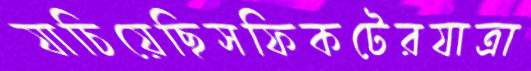
যাচিয়েছিসফিকটেরযাত্রা